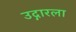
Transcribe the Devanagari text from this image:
उद्गारला